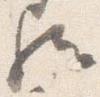
歟